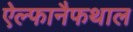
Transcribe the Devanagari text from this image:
ऐल्फानैफथाल